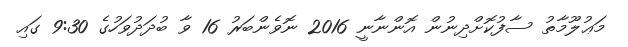
މަޢުލޫމާތު ސާފުކޮށްދިނުން އޮންނާނީ 2016 ނޮވެންބަރު 16 ވާ ބުދަދުވަހުގެ 9:30 ގައި